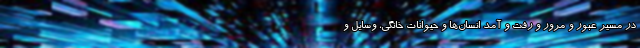
در مسیر عبور و مرور و رفت‌ و آمد انسان‌ها و حیوانات خانگی، وسایل و